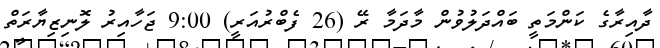
ދާއިރާގެ ކަންމަތީ ބައްދަލުވުން މާދަމާ ރޭ (26 ފެބްރުއަރީ) 9:00 ޖަހާއިރު ލޮނިޒިޔާރަތް